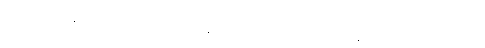
ဒက္ခိဏဟတ္ထေန ခုရံ ဂဟေတွာ ပါဒတလာနိ ဖာလေတွာ လောဏတေလေန မက္ခေတွာ ခဒိရင်္ဂါရေဟိ